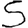
Digit: 5